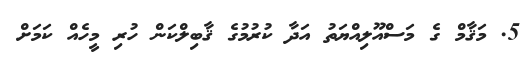
5. މަޤާމް ގެ މަސްއޫލިއްޔަތު އަދާ ކުރުމުގެ ޤާބިލްކަން ހުރި މީހެއް ކަމަށް